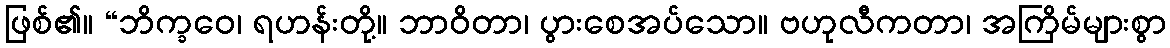
ဖြစ်၏။ “ဘိက္ခဝေ၊ ရဟန်းတို့။ ဘာဝိတာ၊ ပွားစေအပ်သော။ ဗဟုလီကတာ၊ အကြိမ်များစွာ